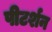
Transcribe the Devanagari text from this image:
पीटर्शन